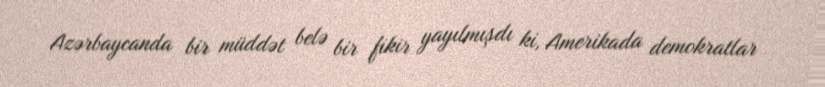
Azərbaycanda bir müddət belə bir fikir yayılmışdı ki, Amerikada demokratlar